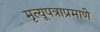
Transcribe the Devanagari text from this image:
मृत्यूपत्राप्रमाणे